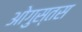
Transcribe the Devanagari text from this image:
ओगुस्तस